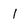
Character: I